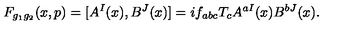
F _ { g _ { 1 } g _ { 2 } } ( x , p ) = [ A ^ { I } ( x ) , B ^ { J } ( x ) ] = i f _ { a b c } T _ { c } A ^ { a I } ( x ) B ^ { b J } ( x ) .